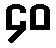
၄၀